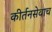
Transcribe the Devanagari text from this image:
कीर्तनसेवाच